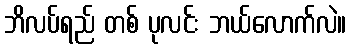
ဘိလပ်ရည် တစ် ပုလင်း ဘယ်လောက်လဲ။